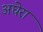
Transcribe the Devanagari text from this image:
अघेरा